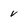
Character: v